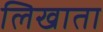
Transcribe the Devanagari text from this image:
लिखाता